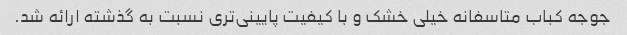
جوجه کباب متاسفانه خیلی خشک و با کیفیت پایینی‌تری نسبت به گذشته ارائه شد.